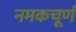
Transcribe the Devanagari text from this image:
नमकचूर्ण